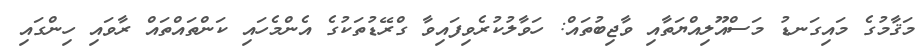
މަޤާމުގެ މައިގަނޑު މަސްއޫލިއްޔަތާއި ވާޖިބުތައް: ހަވާލުކުރެވިފައިވާ ގްރޭޑުތަކުގެ އެންމެހައި ކަންތައްތައް ރާވައި ހިންގައި